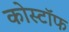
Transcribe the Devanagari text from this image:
कोस्टॉफ